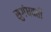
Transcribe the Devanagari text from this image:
सुगंधवर्ती